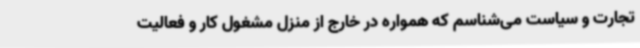
تجارت و سیاست می‌شناسم که همواره در خارج از منزل مشغول کار و فعالیت